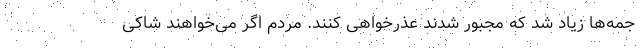
جمه‌ها زیاد شد که مجبور شدند عذرخواهی کنند. مردم اگر می‌خواهند شاکی